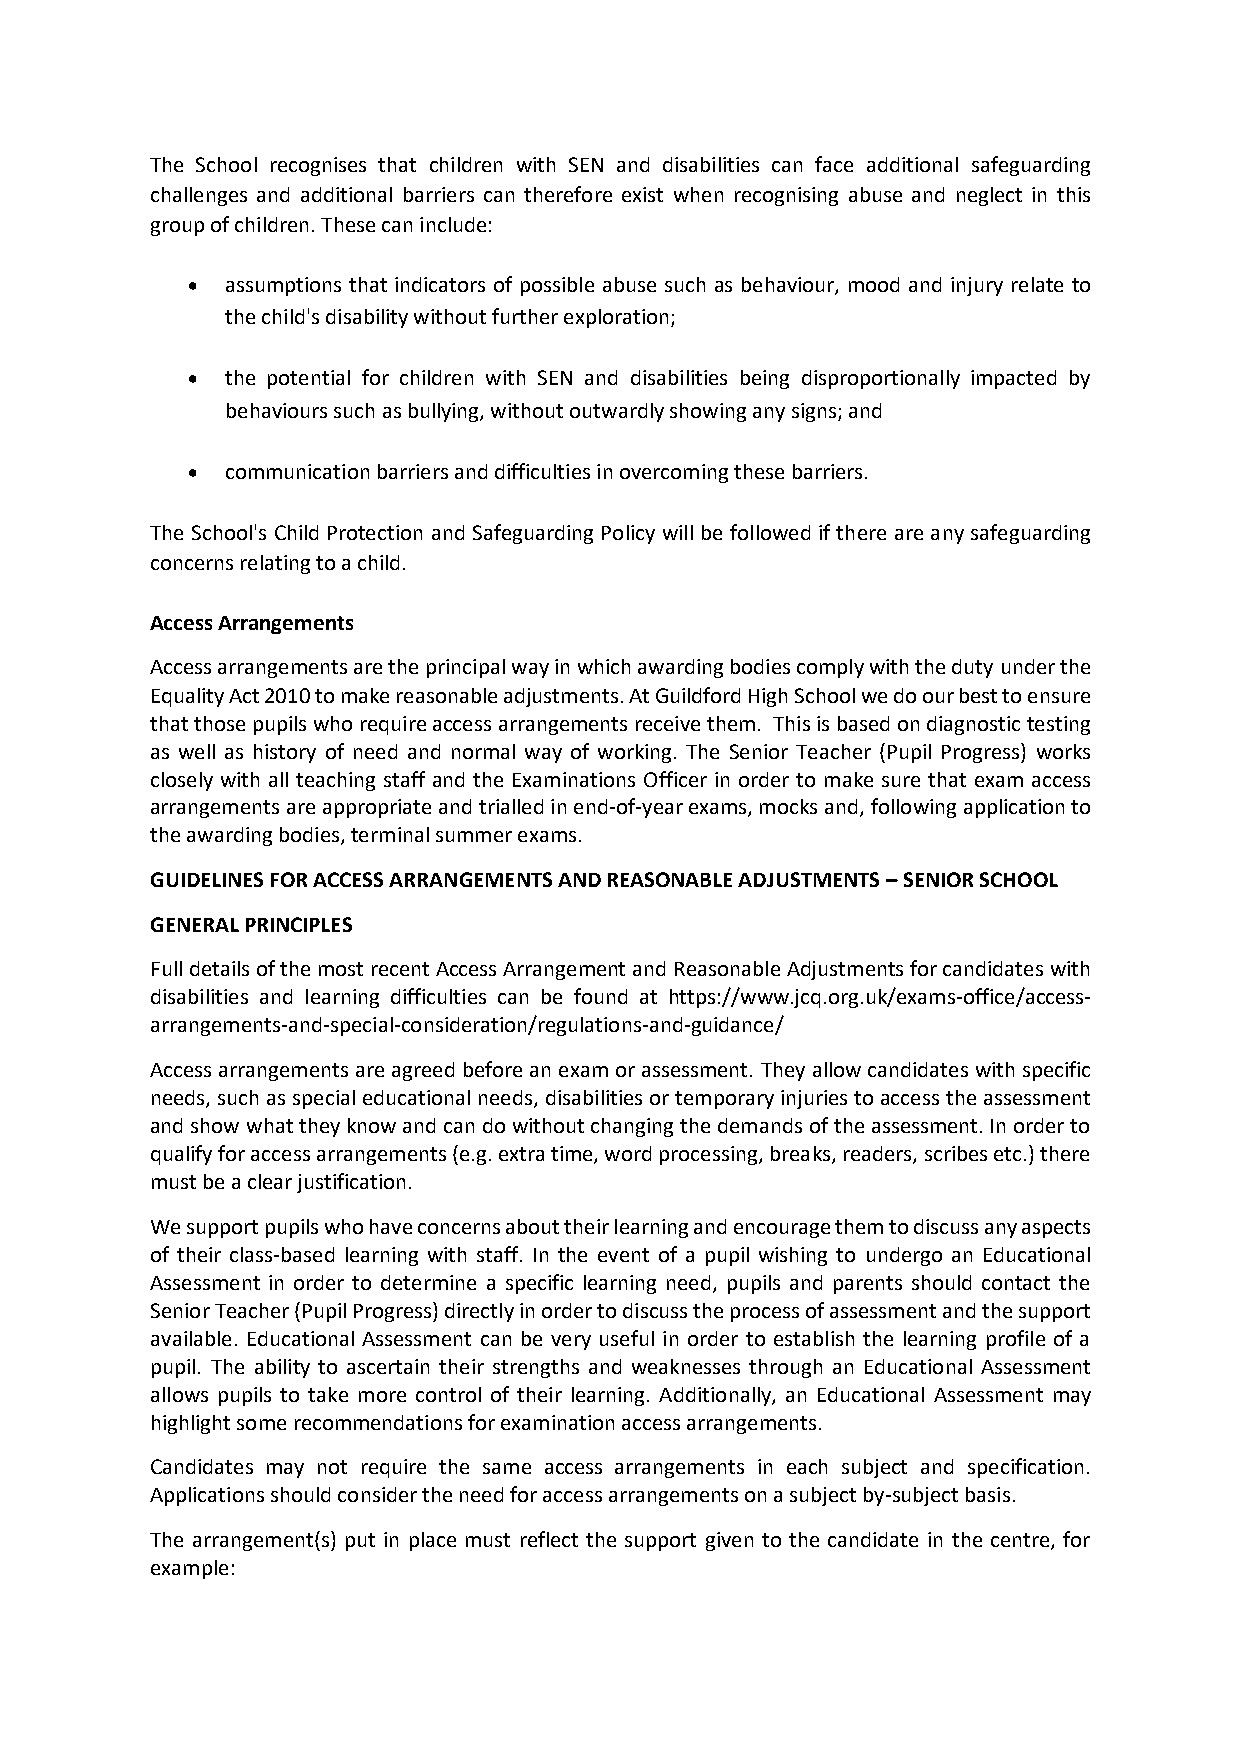
The School recognises that children with SEN and disabilities can face additional safeguarding
 challenges and additional barriers can therefore exist when recognising abuse and neglect in this
 group of children. These can include:
 •  assumptions that indicators of possible abuse such as behaviour, mood and injury relate to
 the child's disability without further exploration;
 •  the potential for children with SEN and disabilities being disproportionally impacted by
 behaviours such as bullying, without outwardly showing any signs; and
 •  communication barriers and difficulties in overcoming these barriers.
 The School's Child Protection and Safeguarding Policy will be followed if there are any safeguarding
 concerns relating to a child.
 Access Arrangements
 Access arrangements are the principal way in which awarding bodies comply with the duty under the
 Equality Act 2010 to make reasonable adjustments. At Guildford High School we do our best to ensure
 that those pupils who require access arrangements receive them. This is based on diagnostic testing
 as well as history of need and normal way of working. The Senior Teacher (Pupil Progress) works
 closely with all teaching staff and the Examinations Officer in order to make sure that exam access
 arrangements are appropriate and trialled in end-of-year exams, mocks and, following application to
 the awarding bodies, terminal summer exams.
 GUIDELINES FOR ACCESS ARRANGEMENTS AND REASONABLE ADJUSTMENTS – SENIOR SCHOOL
 GENERAL PRINCIPLES
 Full details of the most recent Access Arrangement and Reasonable Adjustments for candidates with
 disabilities and learning difficulties can be found at https://www.jcq.org.uk/exams-office/access-
 arrangements-and-special-consideration/regulations-and-guidance/
 Access arrangements are agreed before an exam or assessment. They allow candidates with specific
 needs, such as special educational needs, disabilities or temporary injuries to access the assessment
 and show what they know and can do without changing the demands of the assessment. In order to
 qualify for access arrangements (e.g. extra time, word processing, breaks, readers, scribes etc.) there
 must be a clear justification.
 We support pupils who have concerns about their learning and encourage them to discuss any aspects
 of their class-based learning with staff. In the event of a pupil wishing to undergo an Educational
 Assessment in order to determine a specific learning need, pupils and parents should contact the
 Senior Teacher (Pupil Progress) directly in order to discuss the process of assessment and the support
 available. Educational Assessment can be very useful in order to establish the learning profile of a
 pupil. The ability to ascertain their strengths and weaknesses through an Educational Assessment
 allows pupils to take more control of their learning. Additionally, an Educational Assessment may
 highlight some recommendations for examination access arrangements.
 Candidates may not require the same access arrangements in each subject and specification.
 Applications should consider the need for access arrangements on a subject by-subject basis.
 The arrangement(s) put in place must reflect the support given to the candidate in the centre, for
 example: